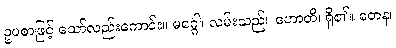
ဥပစာဖြင့် သော်လည်းကောင်း။ မဂ္ဂေါ၊ လမ်းသည်။ ဟောတိ၊ ရှိ၏။ တေန၊